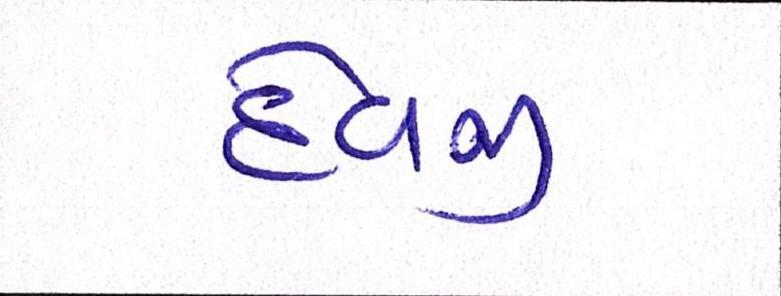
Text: દેવજી